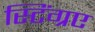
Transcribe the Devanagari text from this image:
स्टिंग्रए